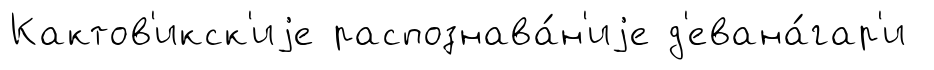
Кактов'икск'иjе распознава́н'иjе д'евана́гар'и